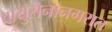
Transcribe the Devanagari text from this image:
वायुसेनानगरात